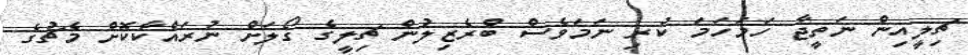
ޗިލީއިން ނަތީޖާ ހަމަހަމަ ކުރި ނަމަވެސް ބްރެޒިލުން ޗިލީގެ ގޯލަށް ނުރައްކާކޮށް މެޗުގެ